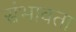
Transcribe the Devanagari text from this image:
संभावता